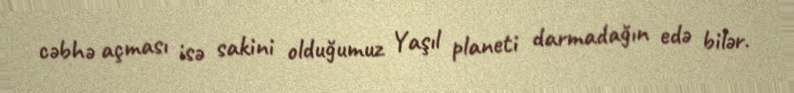
cəbhə açması isə sakini olduğumuz Yaşıl planeti darmadağın edə bilər.